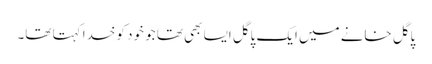
پاگل خانے میں ایک پاگل ایسا بھی تھا جو خود کو خدا کہتا تھا۔